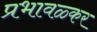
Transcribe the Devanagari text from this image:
प्रभावळ्कर